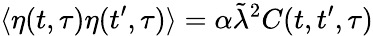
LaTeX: \langle\eta(t,\tau)\eta(t^{\prime},\tau)\rangle=\alpha\tilde{\lambda}^{2}C(t,t^{\prime},\tau)